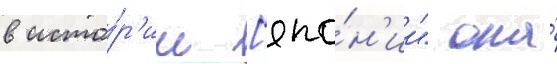
в исто́р'ии [япо́н'ии" она́